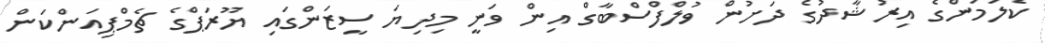
ކެލަމަންގެ އިރުޝާދުގެ ދަށުން ވުލްފްސްބާގް އިން ވަނީ މިދިޔަ ސީޒަންގައި ޔޫރަޕްގެ ޗެމްޕިއަންކަން